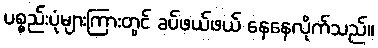
ပစ္စည်းပုံများကြားတွင် ခပ်ဖယ်ဖယ် နေနေလိုက်သည်။